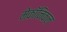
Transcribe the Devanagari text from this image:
मेकॉनिकल